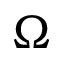
\Omega